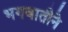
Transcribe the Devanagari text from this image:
भगवातीने